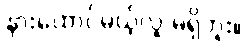
နားထောင်မယ့်လူ မရှိဘူး။